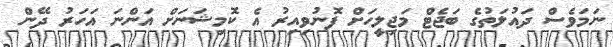
ނަމަވެސް ދައުލަތުގެ ބަޖެޓް މަޖިލީހަށް ފޮނުވިއިރު އެ ކޮމިޝަނަށް އަންނަ އަހަރު ދޭން